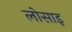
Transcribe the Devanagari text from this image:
लोसाइ